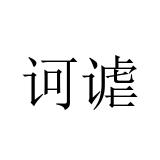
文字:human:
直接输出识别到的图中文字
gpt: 诃谑